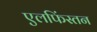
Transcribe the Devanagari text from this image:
एलफिंस्तन